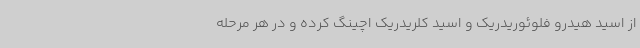
از اسید هیدرو فلوئوریدریک و اسید کلریدریک اچینگ کرده و در هر مرحله